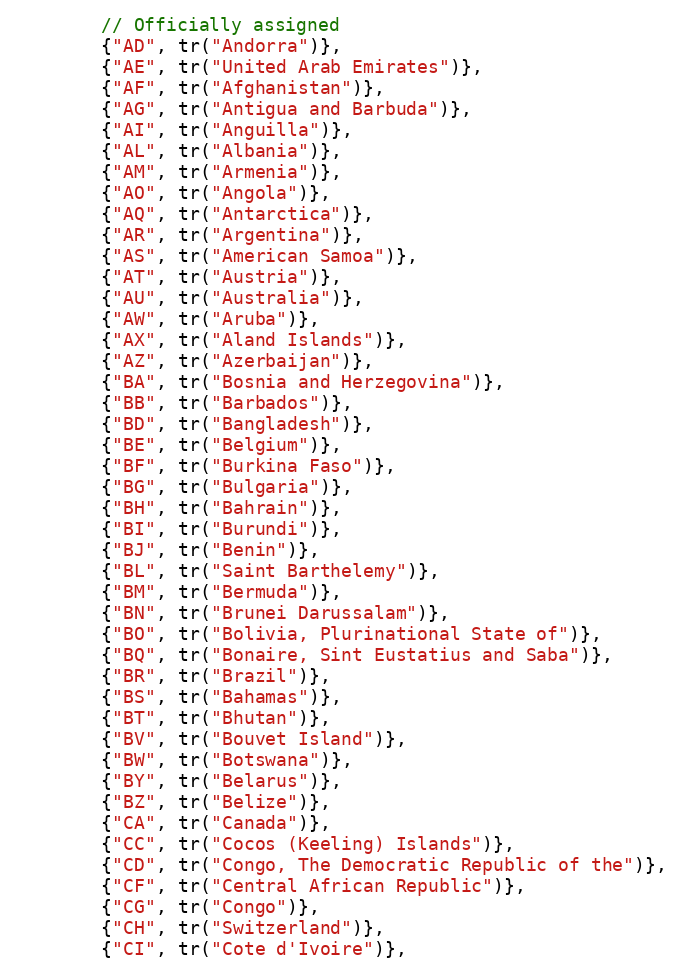
Language: C++
        // Officially assigned
        {"AD", tr("Andorra")},
        {"AE", tr("United Arab Emirates")},
        {"AF", tr("Afghanistan")},
        {"AG", tr("Antigua and Barbuda")},
        {"AI", tr("Anguilla")},
        {"AL", tr("Albania")},
        {"AM", tr("Armenia")},
        {"AO", tr("Angola")},
        {"AQ", tr("Antarctica")},
        {"AR", tr("Argentina")},
        {"AS", tr("American Samoa")},
        {"AT", tr("Austria")},
        {"AU", tr("Australia")},
        {"AW", tr("Aruba")},
        {"AX", tr("Aland Islands")},
        {"AZ", tr("Azerbaijan")},
        {"BA", tr("Bosnia and Herzegovina")},
        {"BB", tr("Barbados")},
        {"BD", tr("Bangladesh")},
        {"BE", tr("Belgium")},
        {"BF", tr("Burkina Faso")},
        {"BG", tr("Bulgaria")},
        {"BH", tr("Bahrain")},
        {"BI", tr("Burundi")},
        {"BJ", tr("Benin")},
        {"BL", tr("Saint Barthelemy")},
        {"BM", tr("Bermuda")},
        {"BN", tr("Brunei Darussalam")},
        {"BO", tr("Bolivia, Plurinational State of")},
        {"BQ", tr("Bonaire, Sint Eustatius and Saba")},
        {"BR", tr("Brazil")},
        {"BS", tr("Bahamas")},
        {"BT", tr("Bhutan")},
        {"BV", tr("Bouvet Island")},
        {"BW", tr("Botswana")},
        {"BY", tr("Belarus")},
        {"BZ", tr("Belize")},
        {"CA", tr("Canada")},
        {"CC", tr("Cocos (Keeling) Islands")},
        {"CD", tr("Congo, The Democratic Republic of the")},
        {"CF", tr("Central African Republic")},
        {"CG", tr("Congo")},
        {"CH", tr("Switzerland")},
        {"CI", tr("Cote d'Ivoire")},